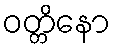
ဝတ္တိနော